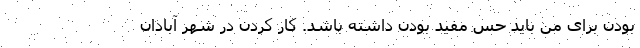
بودن برای من باید حس مفید بودن داشته باشد. کار کردن در شهر آبادان